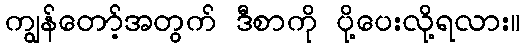
ကျွန်တော့်အတွက် ဒီစာကို ပို့ပေးလို့ရလား။